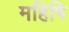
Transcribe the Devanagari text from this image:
महिषि